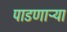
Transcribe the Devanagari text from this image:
पाडणाऱ्र्‍या